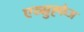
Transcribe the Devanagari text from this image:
एव्स्रुह्फेअ